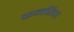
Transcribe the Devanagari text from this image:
कमरिपा